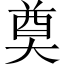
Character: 奠